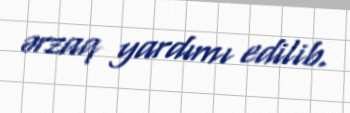
ərzaq yardımı edilib.